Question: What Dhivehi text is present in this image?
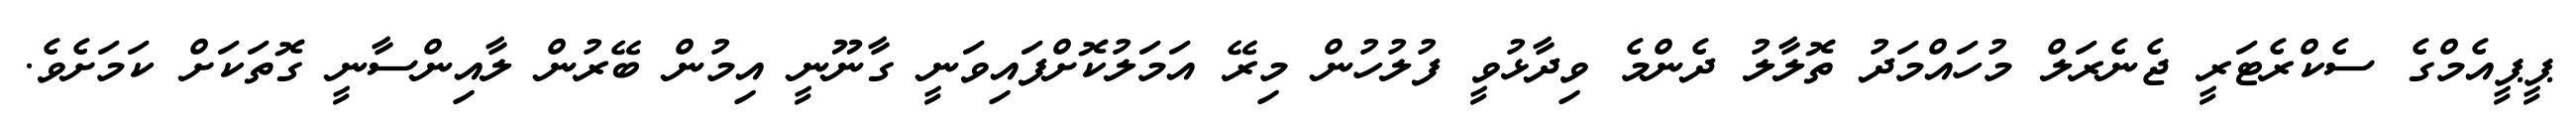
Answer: ޕީޕީއެމްގެ ސެކްރެޓަރީ ޖެނެރަލް މުހައްމަދު ތޮލާލު ދެންމެ ވިދާޅުވީ ފުލުހުން މިރޭ އަމަލުކޮށްފައިވަނީ ގާނޫނީ އިމުން ބޭރުން ލާއިންސާނީ ގޮތަކަށް ކަމަށެވެ.